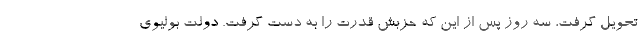
تحویل گرفت، سه روز پس از این که حزبش قدرت را به دست گرفت. دولت بولیوی